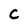
Character: C